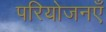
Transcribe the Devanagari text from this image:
परियोजनएँ